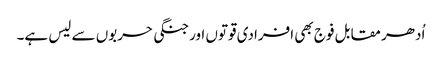
اُدھر مقابل فوج بھی افرادی قوتوں اورجنگی حربوں سے لیس ہے۔